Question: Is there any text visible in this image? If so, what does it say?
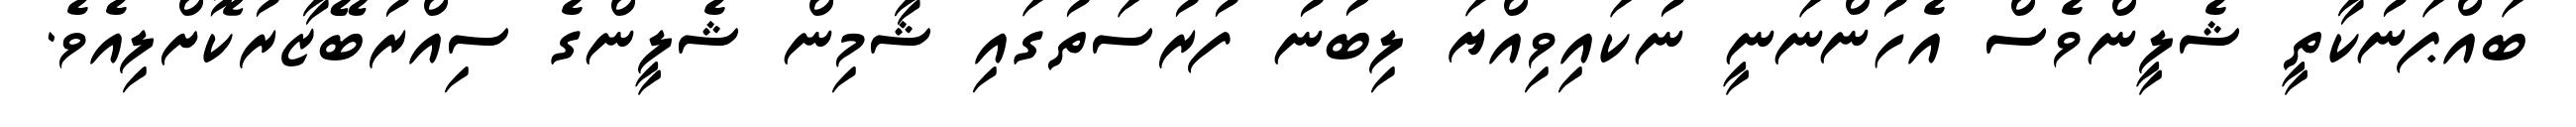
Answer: ބައްޕަނުކާތީ ޝެލީންވެސް އެހުންނަނީ ނުކައިވިއްޔަ ލިބުނު ފުރުސަތުގައި ޝާމިން ޝެލީންގެ ސިއްރުބޭޒާރުކޮށްލިއެވެ.